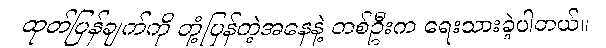
ထုတ်ပြန်ချက်ကို တုံ့ပြန်တဲ့အနေနဲ့ တစ်ဦးက ရေးသားခဲ့ပါတယ်။